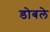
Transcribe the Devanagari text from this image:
डोबले